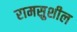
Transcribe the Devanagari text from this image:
रामसुशील